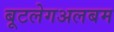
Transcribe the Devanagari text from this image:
बूटलेगअलबम